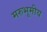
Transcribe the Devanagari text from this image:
मरुभूमीय